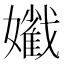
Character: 𡣯